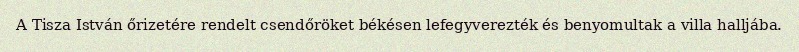
A Tisza István őrizetére rendelt csendőröket békésen lefegyverezték és benyomultak a villa halljába.